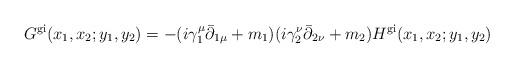
LaTeX: \begin{align*}G^{\rm gi}(x_1,x_2; y_1,y_2) =-(i \gamma_1^\mu \bar{\partial}_{1 \mu} + m_1) ( i \gamma_2^\nu \bar{\partial}_{2 \nu} +m_2) H^{\rm gi}(x_1,x_2;y_1,y_2)\end{align*}